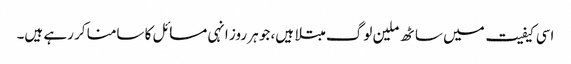
اسی کیفیت میں ساٹھ ملین لوگ مبتلا ہیں، جو ہر روز انہی مسائل کا سامنا کر رہے ہیں۔